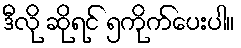
ဒီလို ဆိုရင် ၅ကိုက်ပေးပါ။